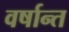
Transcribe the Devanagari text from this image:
वर्षान्त